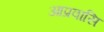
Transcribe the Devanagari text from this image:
आप्रवासि